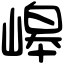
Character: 㟸